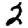
Digit: 2